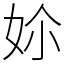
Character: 㚷